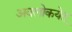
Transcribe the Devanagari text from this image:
अवलोकयेत्